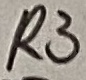
Text: R3